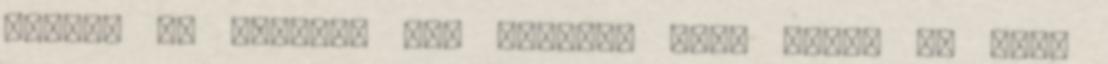
errol, az biztos. mas kerdes, hogy ugyan mi mast